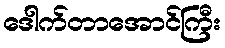
ဒေါက်တာအောင်ကြီး